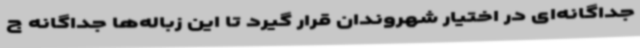
جداگانه‌ای در اختیار شهروندان قرار گیرد تا این زباله‌ها جداگانه ج